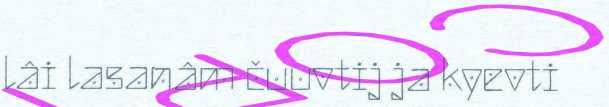
lâi lasanâm čuuvtij ja kyevti